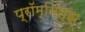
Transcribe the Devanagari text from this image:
प्रॉम्नित्झ